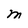
Character: M